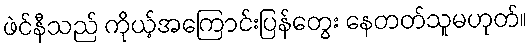
ဖဲင်နီသည် ကိုယ့်အကြောင်းပြန်တွေး နေတတ်သူမဟုတ်။